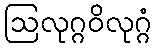
ဩလုဂ္ဂဝိလုဂ္ဂံ